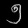
Digit: ၅